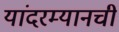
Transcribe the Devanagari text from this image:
यांदरम्यानची